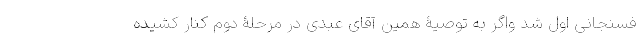
فسنجانی اول شد واگر به توصیۀ همین آقای عبدی در مرحلۀ دوم کنار کشیده